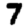
Digit: 7